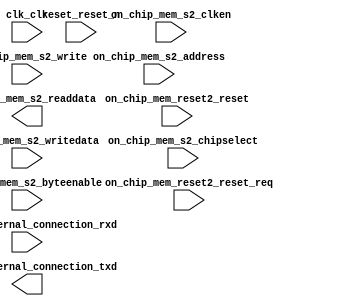

module NIOS_UART (
	clk_clk,
	on_chip_mem_reset2_reset,
	on_chip_mem_reset2_reset_req,
	on_chip_mem_s2_address,
	on_chip_mem_s2_chipselect,
	on_chip_mem_s2_clken,
	on_chip_mem_s2_write,
	on_chip_mem_s2_readdata,
	on_chip_mem_s2_writedata,
	on_chip_mem_s2_byteenable,
	reset_reset_n,
	uart_0_external_connection_rxd,
	uart_0_external_connection_txd);	

	input		clk_clk;
	input		on_chip_mem_reset2_reset;
	input		on_chip_mem_reset2_reset_req;
	input	[13:0]	on_chip_mem_s2_address;
	input		on_chip_mem_s2_chipselect;
	input		on_chip_mem_s2_clken;
	input		on_chip_mem_s2_write;
	output	[63:0]	on_chip_mem_s2_readdata;
	input	[63:0]	on_chip_mem_s2_writedata;
	input	[7:0]	on_chip_mem_s2_byteenable;
	input		reset_reset_n;
	input		uart_0_external_connection_rxd;
	output		uart_0_external_connection_txd;
endmodule